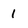
Character: 1